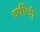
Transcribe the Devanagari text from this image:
वर्षीची